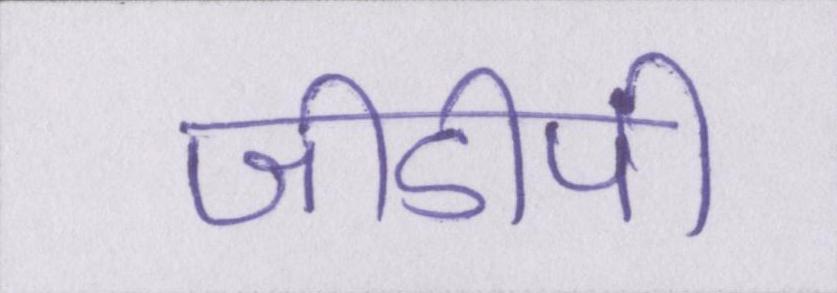
जीडीपी